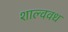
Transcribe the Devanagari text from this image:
शाल्ववध